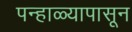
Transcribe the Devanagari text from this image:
पन्हाळ्यापासून